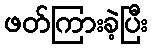
ဖတ်ကြားခဲ့ပြီး